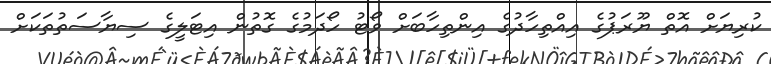
ކުރިޔަށް އޮތް ޔޫރަޕުގެ އިއްތިހާދުގެ އިންތިހާބަށް ވޯޓު ހޯދަމުގެ ގޮތުން އިޓަލީގެ ސިޔާސަތުތަކަށް